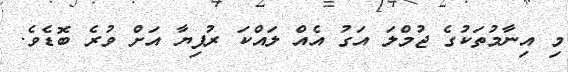
މި އިނާމުތަކުގެ ޖުމްލަ އަގު އެއް ލައްކަ ރުފިޔާ އަށް ވުރެ ބޮޑެވެ.